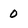
Character: 0